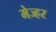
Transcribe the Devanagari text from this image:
मेज्हर